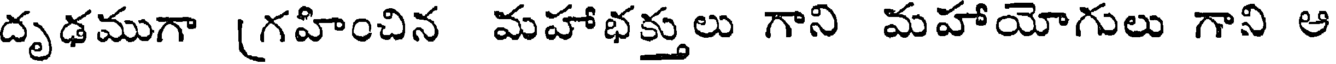
దృఢముగా (గహించిన మహాభక్తులు గాని మహాయోగులు గాని ఆ